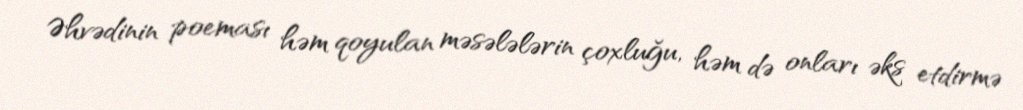
Əhvədinin poeması həm qoyulan məsələlərin çoxluğu, həm də onları əks etdirmə